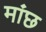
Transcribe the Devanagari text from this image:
मांछ